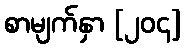
စာမျက်နှာ [၂၀၄]